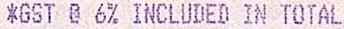
*GST @ 6% INCLUDED IN TOTAL